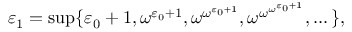
\varepsilon _ { 1 } = \operatorname* { s u p } \{ \varepsilon _ { 0 } + 1 , \omega ^ { \varepsilon _ { 0 } + 1 } , \omega ^ { \omega ^ { \varepsilon _ { 0 } + 1 } } , \omega ^ { \omega ^ { \omega ^ { \varepsilon _ { 0 } + 1 } } } , \dots \} ,